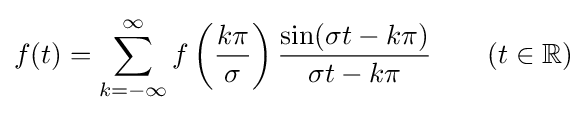
f(t)=\sum _{k=-\infty }^{\infty }f\left({\frac {k\pi }{\sigma }}\right){\frac {\sin(\sigma t-k\pi )}{\sigma t-k\pi }}\qquad (t\in \mathbb {R} )